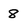
Character: 8